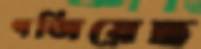
গজিয়েছ